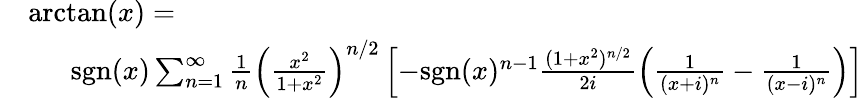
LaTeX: \begin{array}{rl}&{\arctan(x)=}\\ &{\enspace\quad\mathrm{sgn}(x)\sum_{n=1}^{\infty}\frac{1}{n}\left(\frac{x^{2}}{1+x^{2}}\right)^{n/2}\left[-\mathrm{sgn}(x)^{n-1}\frac{(1+x^{2})^{n/2}}{2i}\left(\frac{1}{(x+i)^{n}}-\frac{1}{(x-i)^{n}}\right)\right]}\end{array}